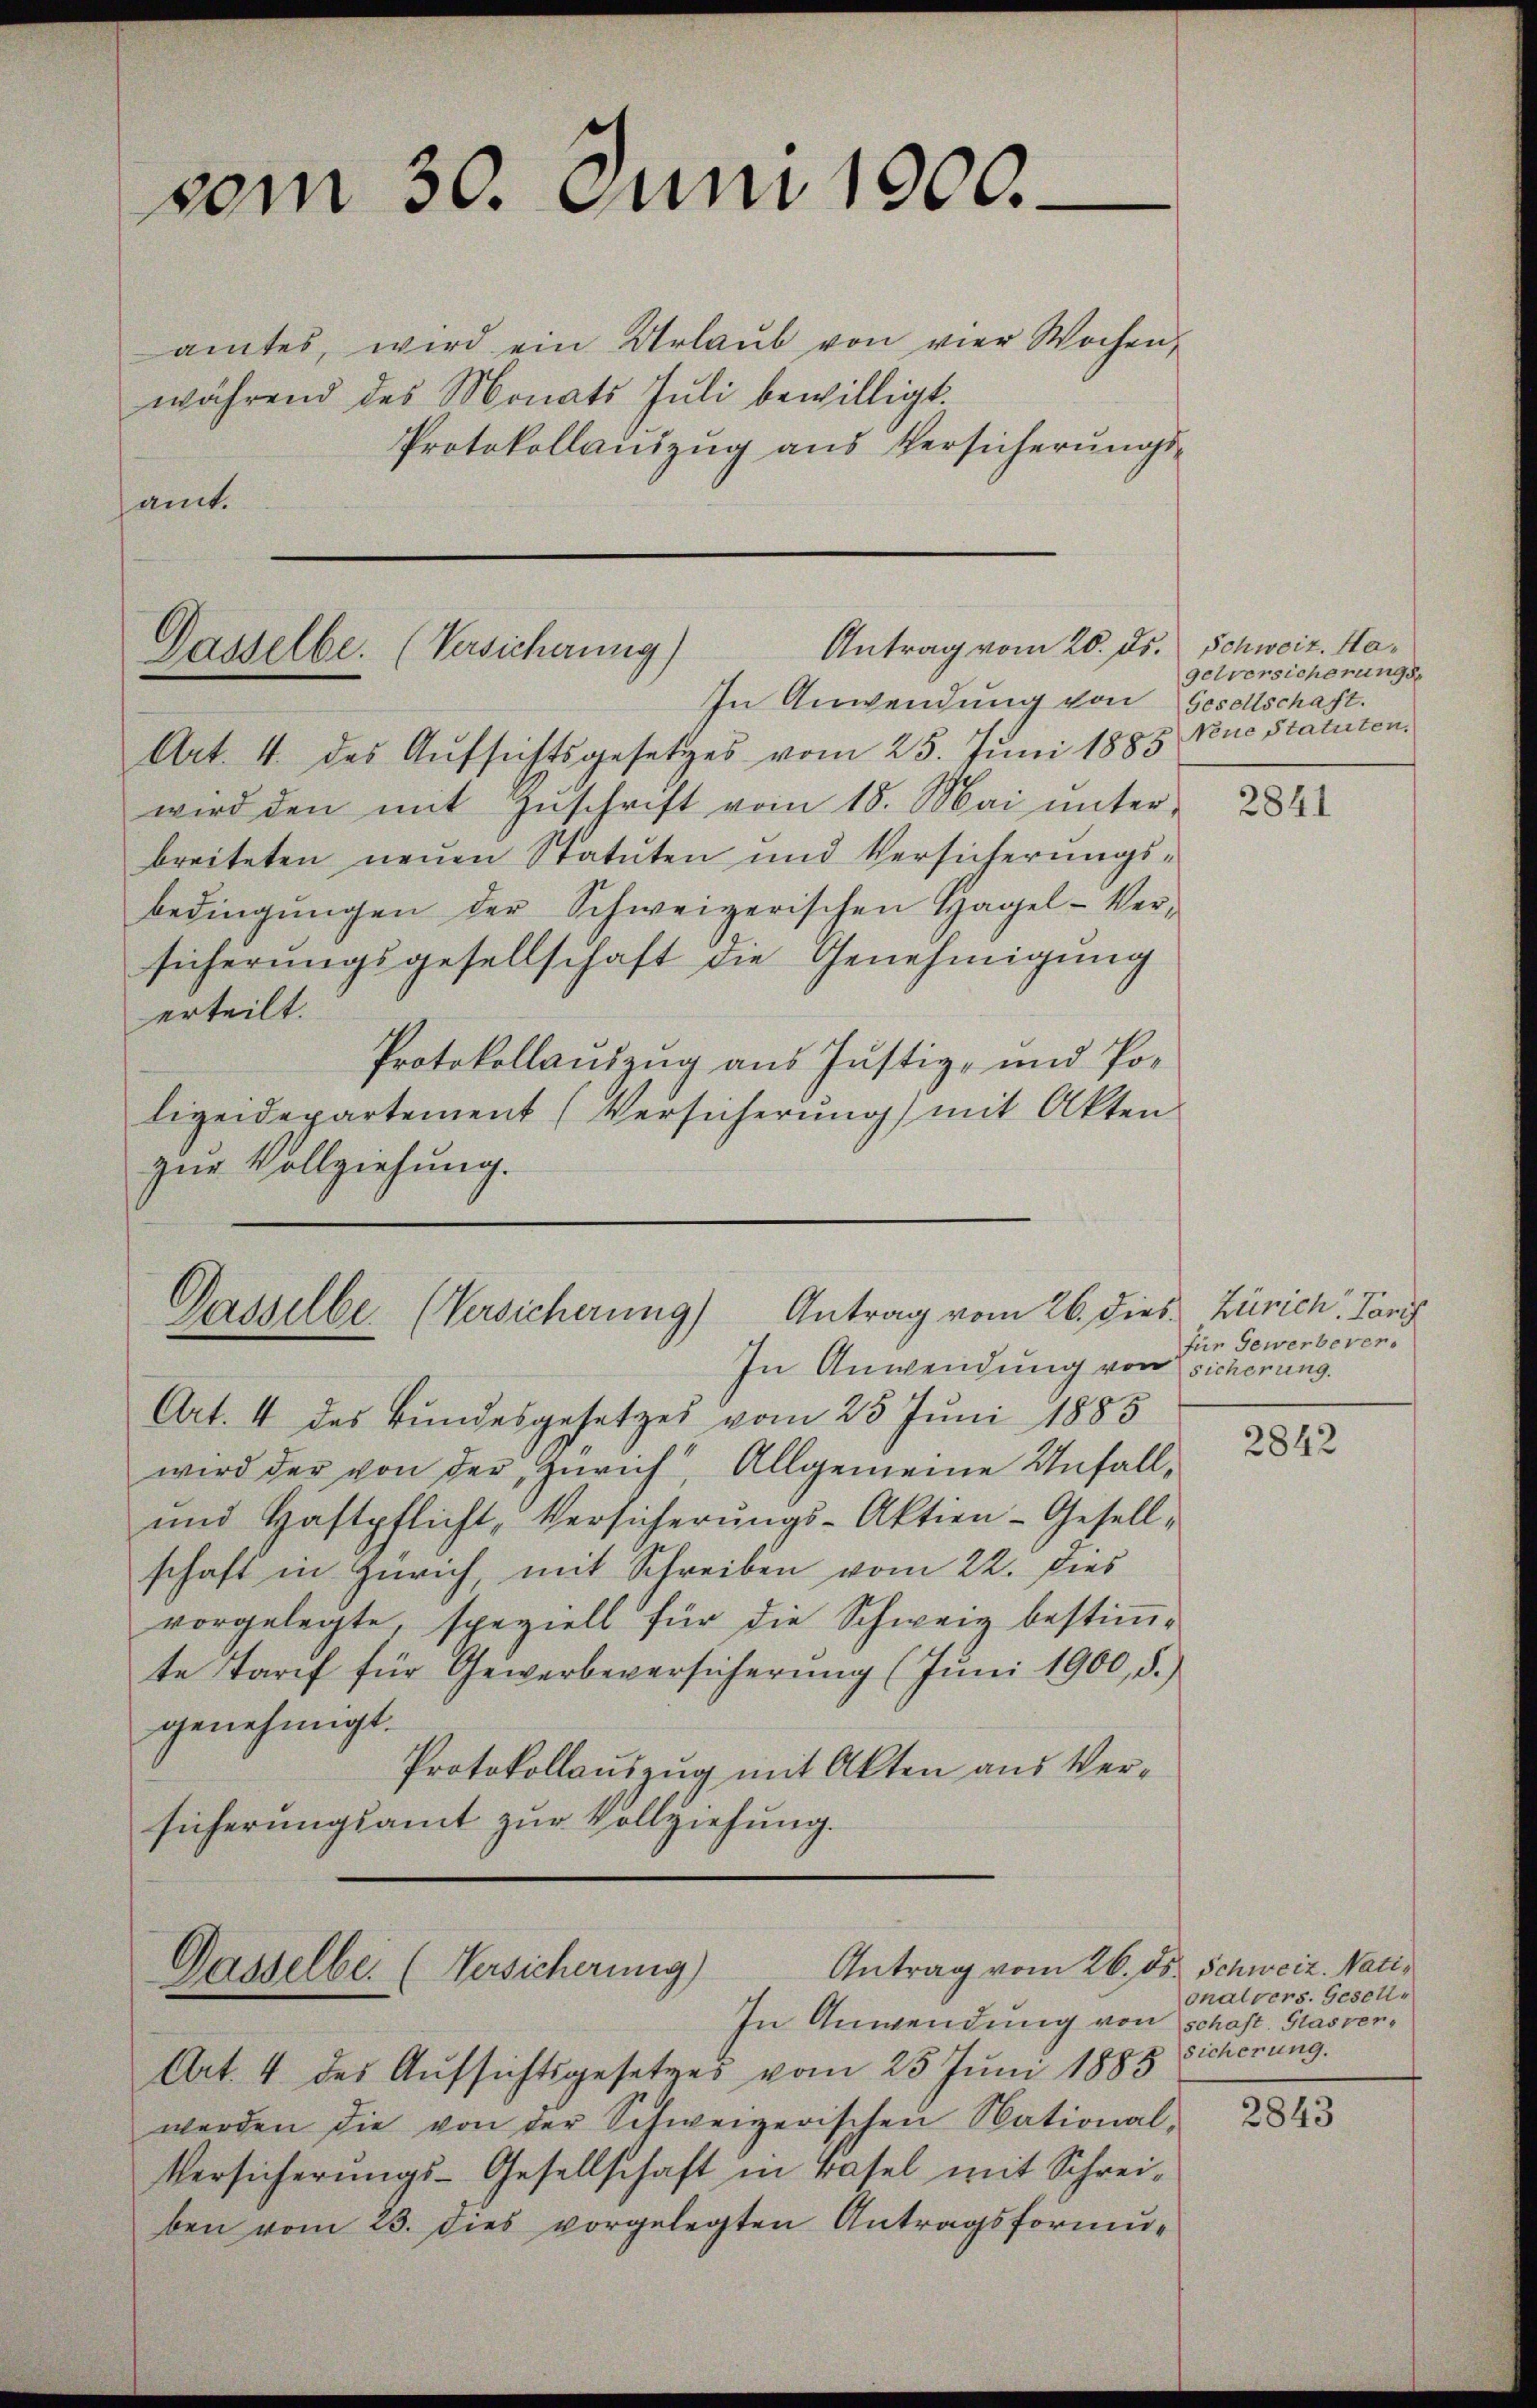
amtes, wird ein Urlaŭb von vier Wochen,
während des Monats Juli bewilligt.
Protokollauszug aus Versicherungs-
amt.

vom 30. Juni 1900.

Antrag vom 20. ds.
Dasselbe. (Versicherung)
In Anwendung von Gesellschaft.

Art. 4. des Aufsichtsgesetzes vom 25. Juni 1885 Neue Statuten.
wird den mit Zuschrift vom 18. Mai unterbreiteten neuen Statuten und Versicherungs-
bedingŭngen der Schweizerischen Hagel-Ver-
sicherungsgesellschaft die Genehmigung
erteilt.
Protokollauszug aus Justiz- und Polizeidepartement (Versicherung) mit Akten
zur Vollziehung.

Dasselbe. (Versicherung) Antrag vom 26. dies Zürich, Pari
In Anwendung von sicherung.

Art. 4 des Bundesgesetzes vom 25 Juni 1885
wird der von der Zürich, Allgemeine Unfall,
und Haftpflicht, Versicherungs-Aktien-Gesellschaft in Zürich, mit Schreiben vom 22. dies
vorgelegte, speziell für die Schweiz bestimte Tarif für Gewerbeversicherung (Juni 1900, 5.)
genehmigt.
Protokollauszug mit Akten aus Versicherungsamt zur Vollziehung.

Antrag vom 26. O
Gasselbe. (Versicherung)
In Anwendung von schaft. Glasver¬

Art. 4 des Aufsichtsgesetzes vom 25 Juni 1885
werden die von der Schweizerischen National-
Versicherungs-Gesellschaft in Basel mit Schreiben vom 23. dies vorgelegten Antragsformu¬

Schweiz. Hagelversicherungs-

2841

für Gewerbever

2842

E. Schweiz. Nati,
onalvers. Gesell
sicherung.

2843